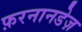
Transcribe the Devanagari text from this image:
फ़रनानडेज़